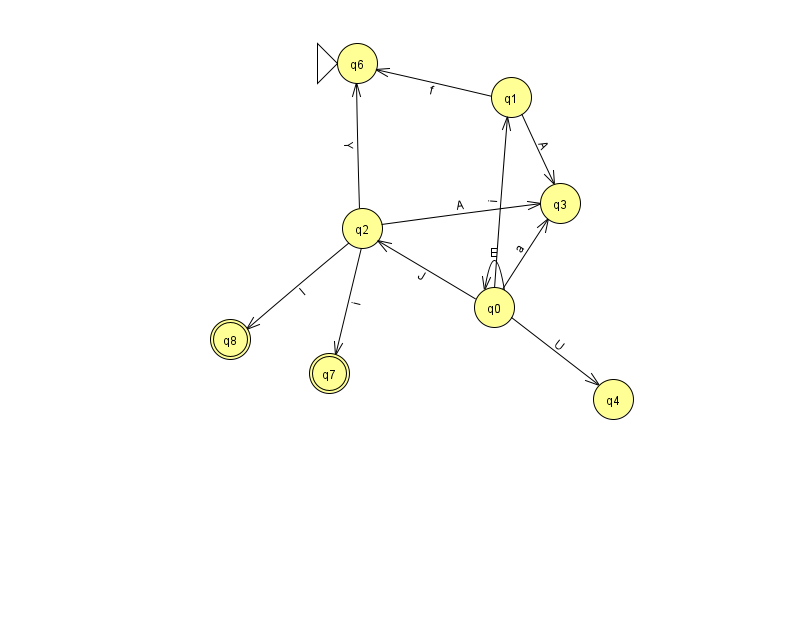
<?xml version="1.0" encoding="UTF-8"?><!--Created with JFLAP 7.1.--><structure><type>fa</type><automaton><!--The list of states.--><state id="0" name="q0"><x>494.0</x><y>294.0</y></state><state id="1" name="q1"><x>511.0</x><y>84.0</y></state><state id="2" name="q2"><x>362.0</x><y>215.0</y></state><state id="3" name="q3"><x>560.0</x><y>190.0</y></state><state id="4" name="q4"><x>613.0</x><y>386.0</y></state><state id="6" name="q6"><x>357.0</x><y>50.0</y><initial/></state><state id="7" name="q7"><x>329.0</x><y>360.0</y><final/></state><state id="8" name="q8"><x>230.0</x><y>326.0</y><final/></state><!--The list of transitions.--><transition><from>0</from><to>1</to><read>i</read></transition><transition><from>1</from><to>3</to><read>A</read></transition><transition><from>0</from><to>4</to><read>U</read></transition><transition><from>0</from><to>0</to><read>E</read></transition><transition><from>2</from><to>8</to><read>I</read></transition><transition><from>0</from><to>3</to><read>a</read></transition><transition><from>1</from><to>6</to><read>f</read></transition><transition><from>0</from><to>2</to><read>J</read></transition><transition><from>2</from><to>6</to><read>Y</read></transition><transition><from>2</from><to>7</to><read>i</read></transition><transition><from>2</from><to>3</to><read>A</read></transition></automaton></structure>